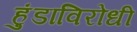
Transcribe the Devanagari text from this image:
हुंडाविरोधी